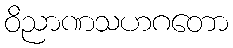
ဝိညာဏသဟဂတော